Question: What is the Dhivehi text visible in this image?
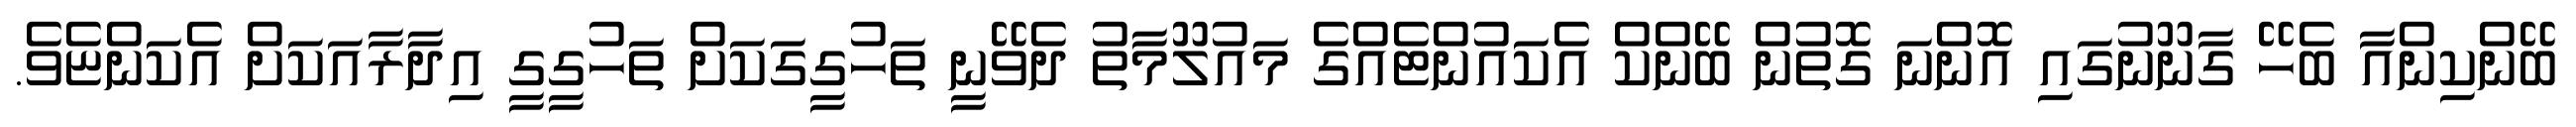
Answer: ބޭންކިންއާ ބެހޭ ގާނޫނުގައި އޮންނަ ގޮތުން ބޭންކް އެކައުންޓެއްގެ މައުލޫމާތު ދެވޭނީ ތަހުގީގަކަށް ތަހުގީގީ އިދާރާއަކަށް އެކަންޏެވެ.